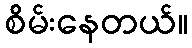
စိမ်းနေတယ်။